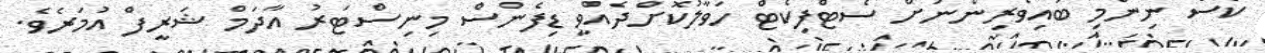
ކޯސް ނިންމި ބައިވެރިންނަށް ސެޓްފިކެޓް ހަވާލުކޮށްދެއްވީ ޑިފެންސް މިނިސްޓަރު އާދަމް ޝަރީފް އުމަރެވެ.